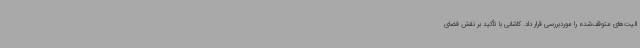
الیت‌های متوقف‌شده را موردبررسی قرار داد. کاشانی با تأکید بر نقش فضای